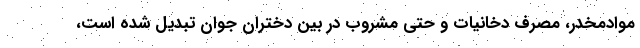
موادمخدر، مصرف دخانیات و حتی مشروب در بین دختران جوان تبدیل شده است،